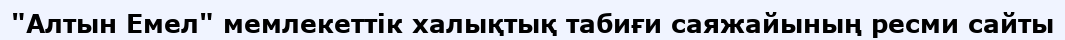
"Алтын Емел" мемлекеттік халықтық табиғи саяжайының ресми сайты